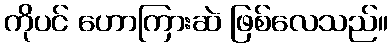
ကိုပင် ဟောကြားဆဲ ဖြစ်လေသည်။